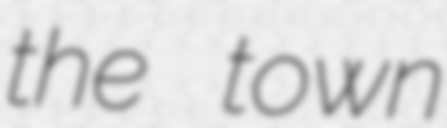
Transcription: the town